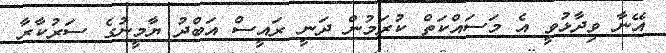
އޭނާ ވިދާޅުވީ އެ މަސައްކަތް ކުރަމުން ދަނީ ރައީސް އަބްދު ޔާމީނުގެ ސަރުކާރާ